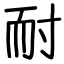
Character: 耐